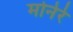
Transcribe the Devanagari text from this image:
मोनेरे